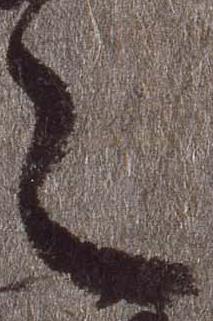
之